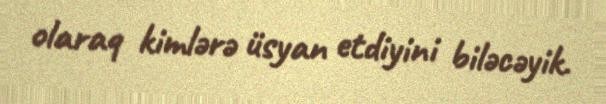
olaraq kimlərə üsyan etdiyini biləcəyik.